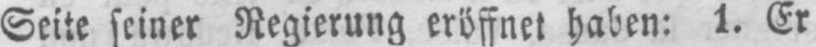
Seite seiner Regierung eröffnet haben: 1. Er